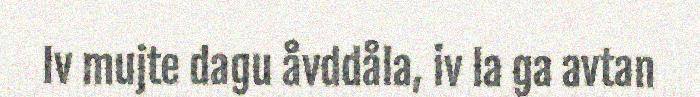
Iv mujte dagu åvddåla, iv la ga avtan